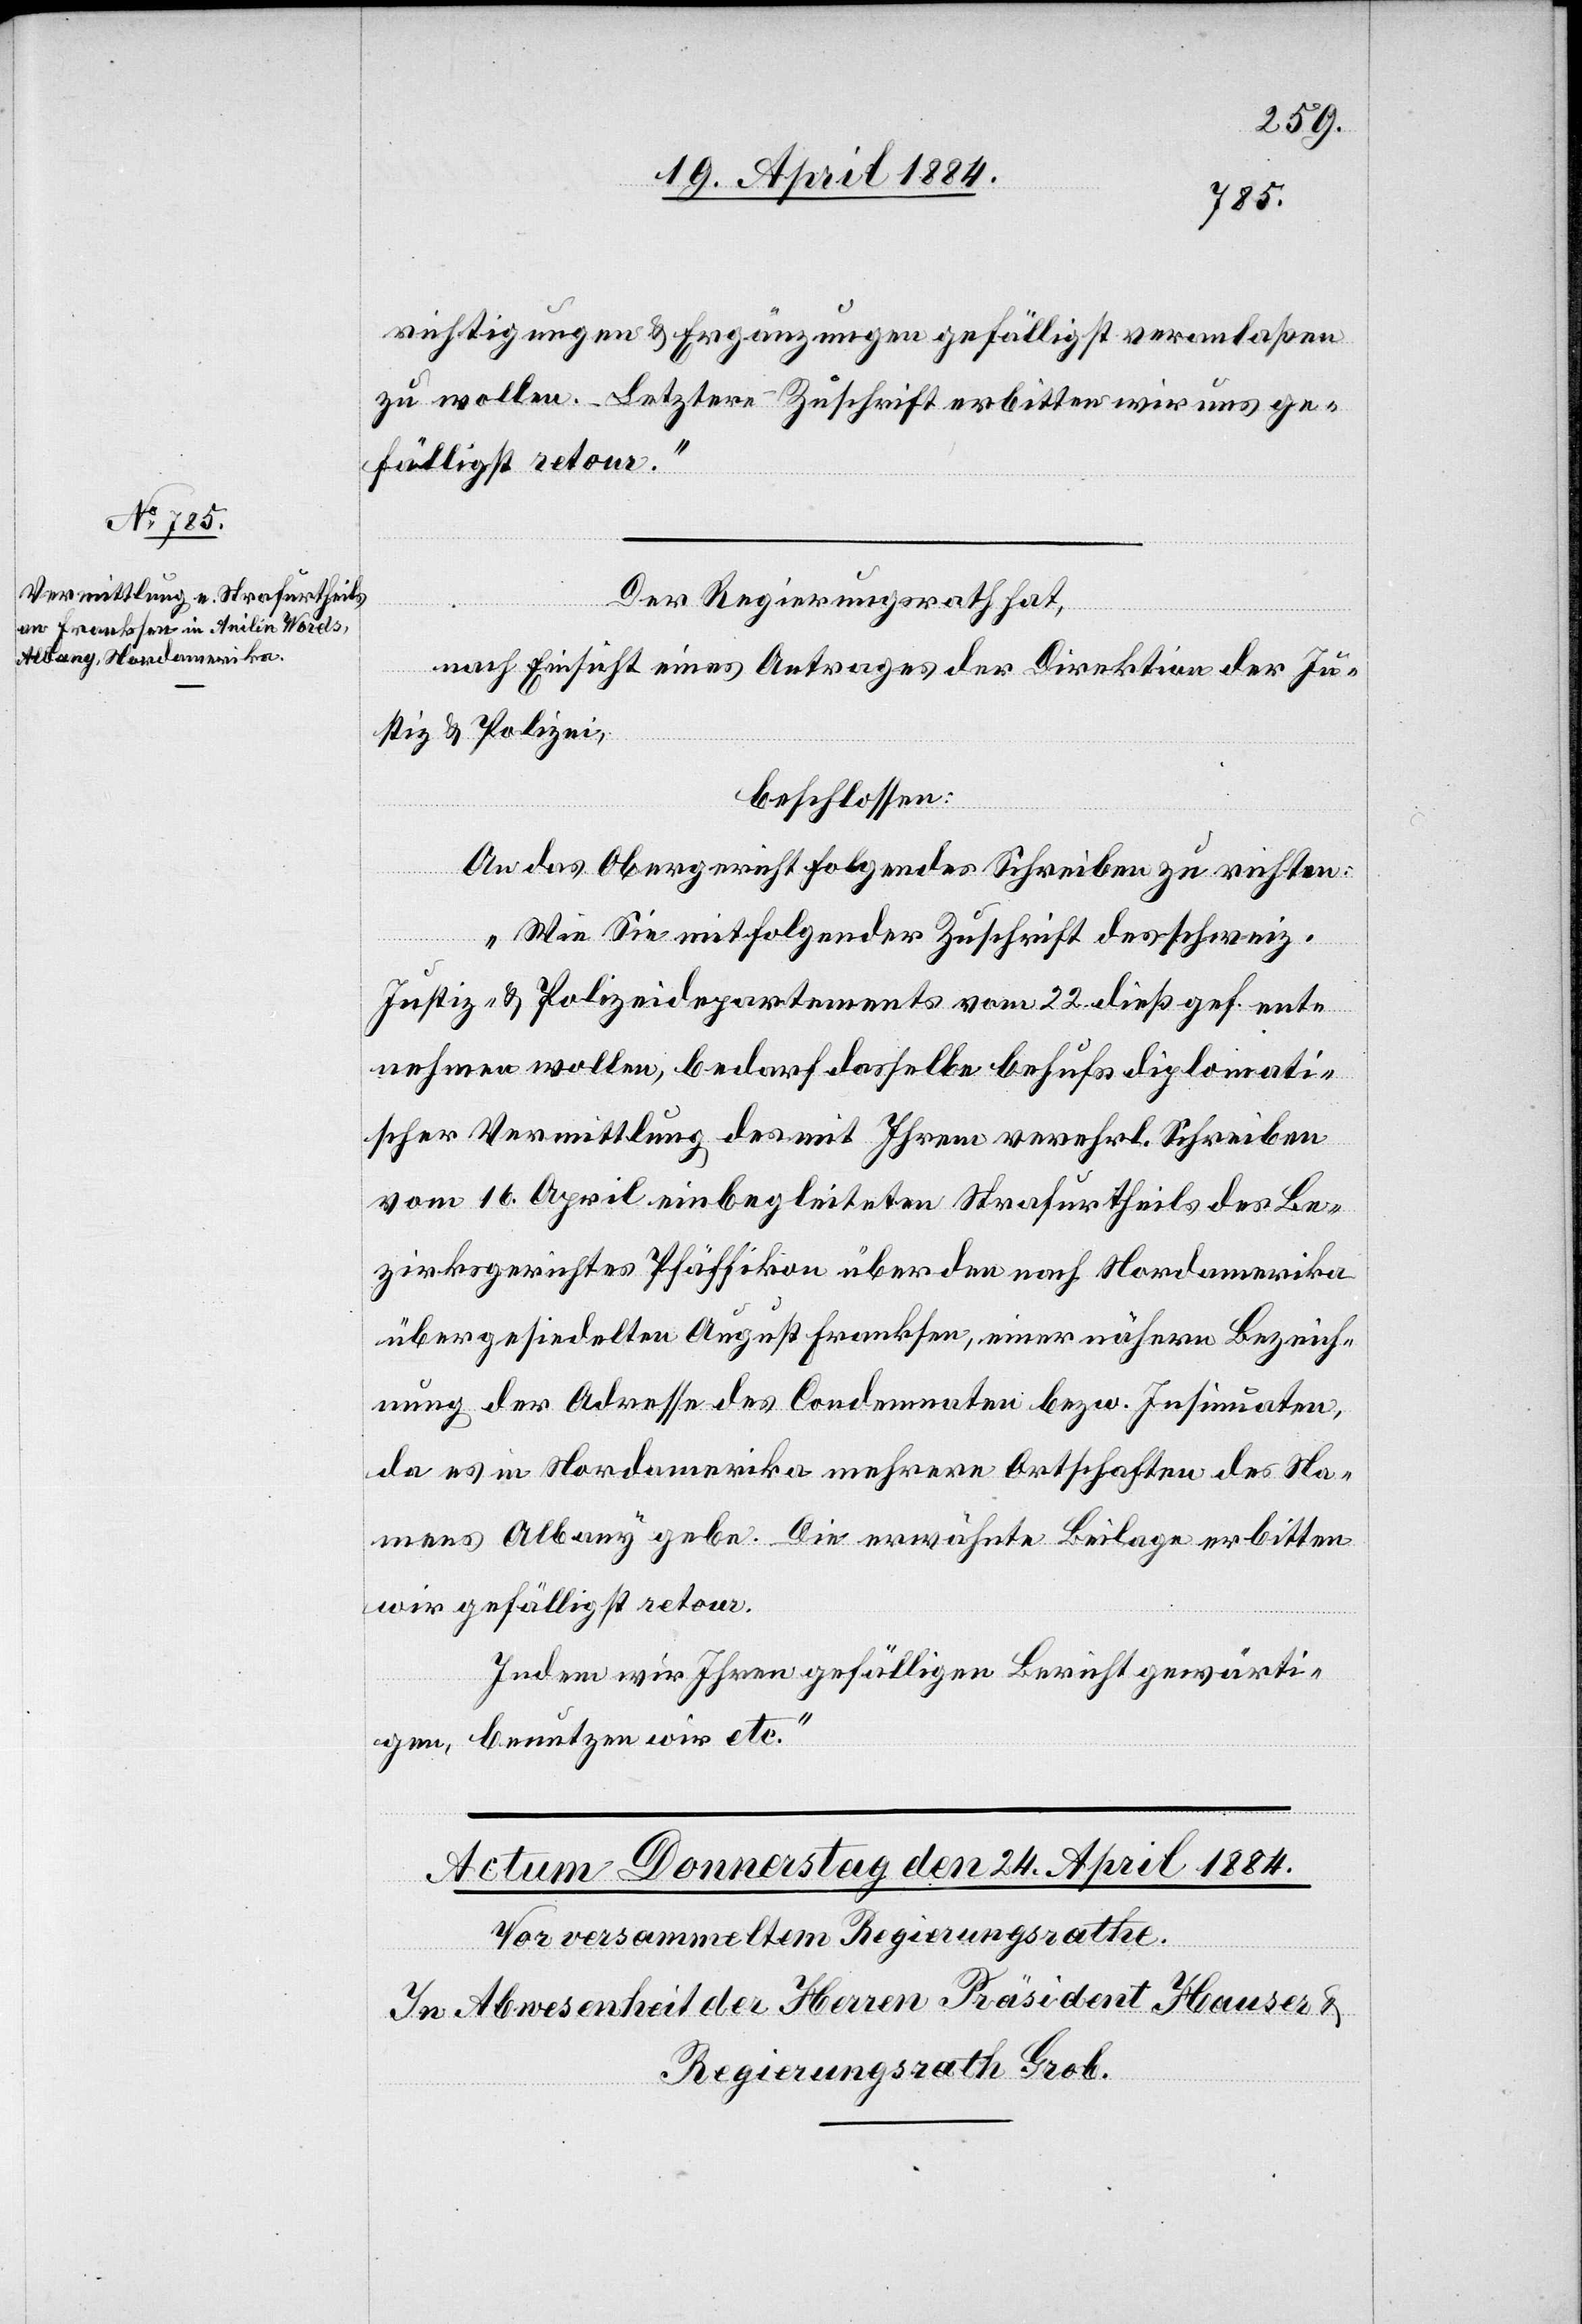
24. April 1884.]
richtigungen & Erwägungen gefälligst veranlaßen
zu wollen. Letztere Zuschrift erbitten wir uns ge¬
fälligst retour.“
Der Regierungsrath hat,
nach Einsicht eines Antrages der Direktion der Ju¬
stiz & Polizei,
beschlossen:
An das Obergericht folgendes Schreiben zu richten:
„Wie Sie mit folgender Zuschrift des schweiz.
Justiz- & Polizeidepartements vom 22. dieß gef. ent¬
nehmen wollen, bedarf dasselbe behufs diplomati¬
scher Vermittlung das mit Ihrem verehrl. Schreiben
vom 16. April einbegleiteten Strafurtheils des Be¬
zirksgerichtes Pfäffikon über den nach Nordamerika
übergesiedelten August Franksen, einer nähern Bezeich¬
nung der Adresse des Condemnaten bezw. Insinuaten,
da es in Nordamerika mehrere Ortschaften des Na¬
mens Albany gebe. Die erwähnte Beilage erbitten
wir gefälligst retour.
Indem wir Ihren gefälligen Bericht gewärti¬
gen, benutzen wir etc.“